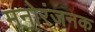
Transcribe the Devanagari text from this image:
मनोरंजनक